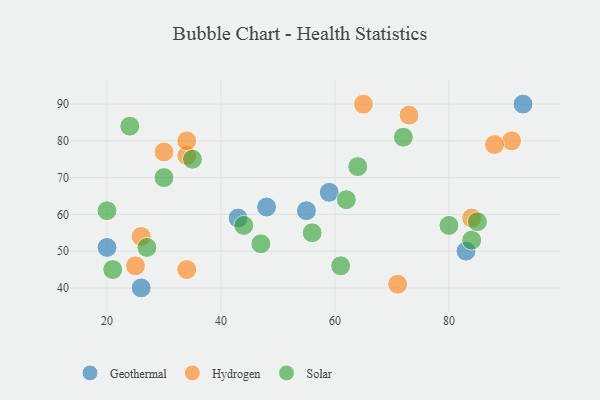
{"axis": {"x": "GDP", "y": "Life Expectancy"}, "legend": ["Geothermal", "Hydrogen", "Solar"], "data": [{"x": "26", "y": 40, "type": "Geothermal"}, {"x": "48", "y": 62, "type": "Geothermal"}, {"x": "20", "y": 51, "type": "Geothermal"}, {"x": "93", "y": 90, "type": "Geothermal"}, {"x": "43", "y": 59, "type": "Geothermal"}, {"x": "55", "y": 61, "type": "Geothermal"}, {"x": "83", "y": 50, "type": "Geothermal"}, {"x": "59", "y": 66, "type": "Geothermal"}, {"x": "34", "y": 76, "type": "Hydrogen"}, {"x": "25", "y": 46, "type": "Hydrogen"}, {"x": "91", "y": 80, "type": "Hydrogen"}, {"x": "26", "y": 54, "type": "Hydrogen"}, {"x": "71", "y": 41, "type": "Hydrogen"}, {"x": "34", "y": 80, "type": "Hydrogen"}, {"x": "84", "y": 59, "type": "Hydrogen"}, {"x": "34", "y": 45, "type": "Hydrogen"}, {"x": "88", "y": 79, "type": "Hydrogen"}, {"x": "73", "y": 87, "type": "Hydrogen"}, {"x": "65", "y": 90, "type": "Hydrogen"}, {"x": "30", "y": 77, "type": "Hydrogen"}, {"x": "20", "y": 61, "type": "Solar"}, {"x": "24", "y": 84, "type": "Solar"}, {"x": "30", "y": 70, "type": "Solar"}, {"x": "61", "y": 46, "type": "Solar"}, {"x": "80", "y": 57, "type": "Solar"}, {"x": "21", "y": 45, "type": "Solar"}, {"x": "62", "y": 64, "type": "Solar"}, {"x": "56", "y": 55, "type": "Solar"}, {"x": "44", "y": 57, "type": "Solar"}, {"x": "72", "y": 81, "type": "Solar"}, {"x": "35", "y": 75, "type": "Solar"}, {"x": "64", "y": 73, "type": "Solar"}, {"x": "84", "y": 53, "type": "Solar"}, {"x": "27", "y": 51, "type": "Solar"}, {"x": "85", "y": 58, "type": "Solar"}, {"x": "47", "y": 52, "type": "Solar"}]}